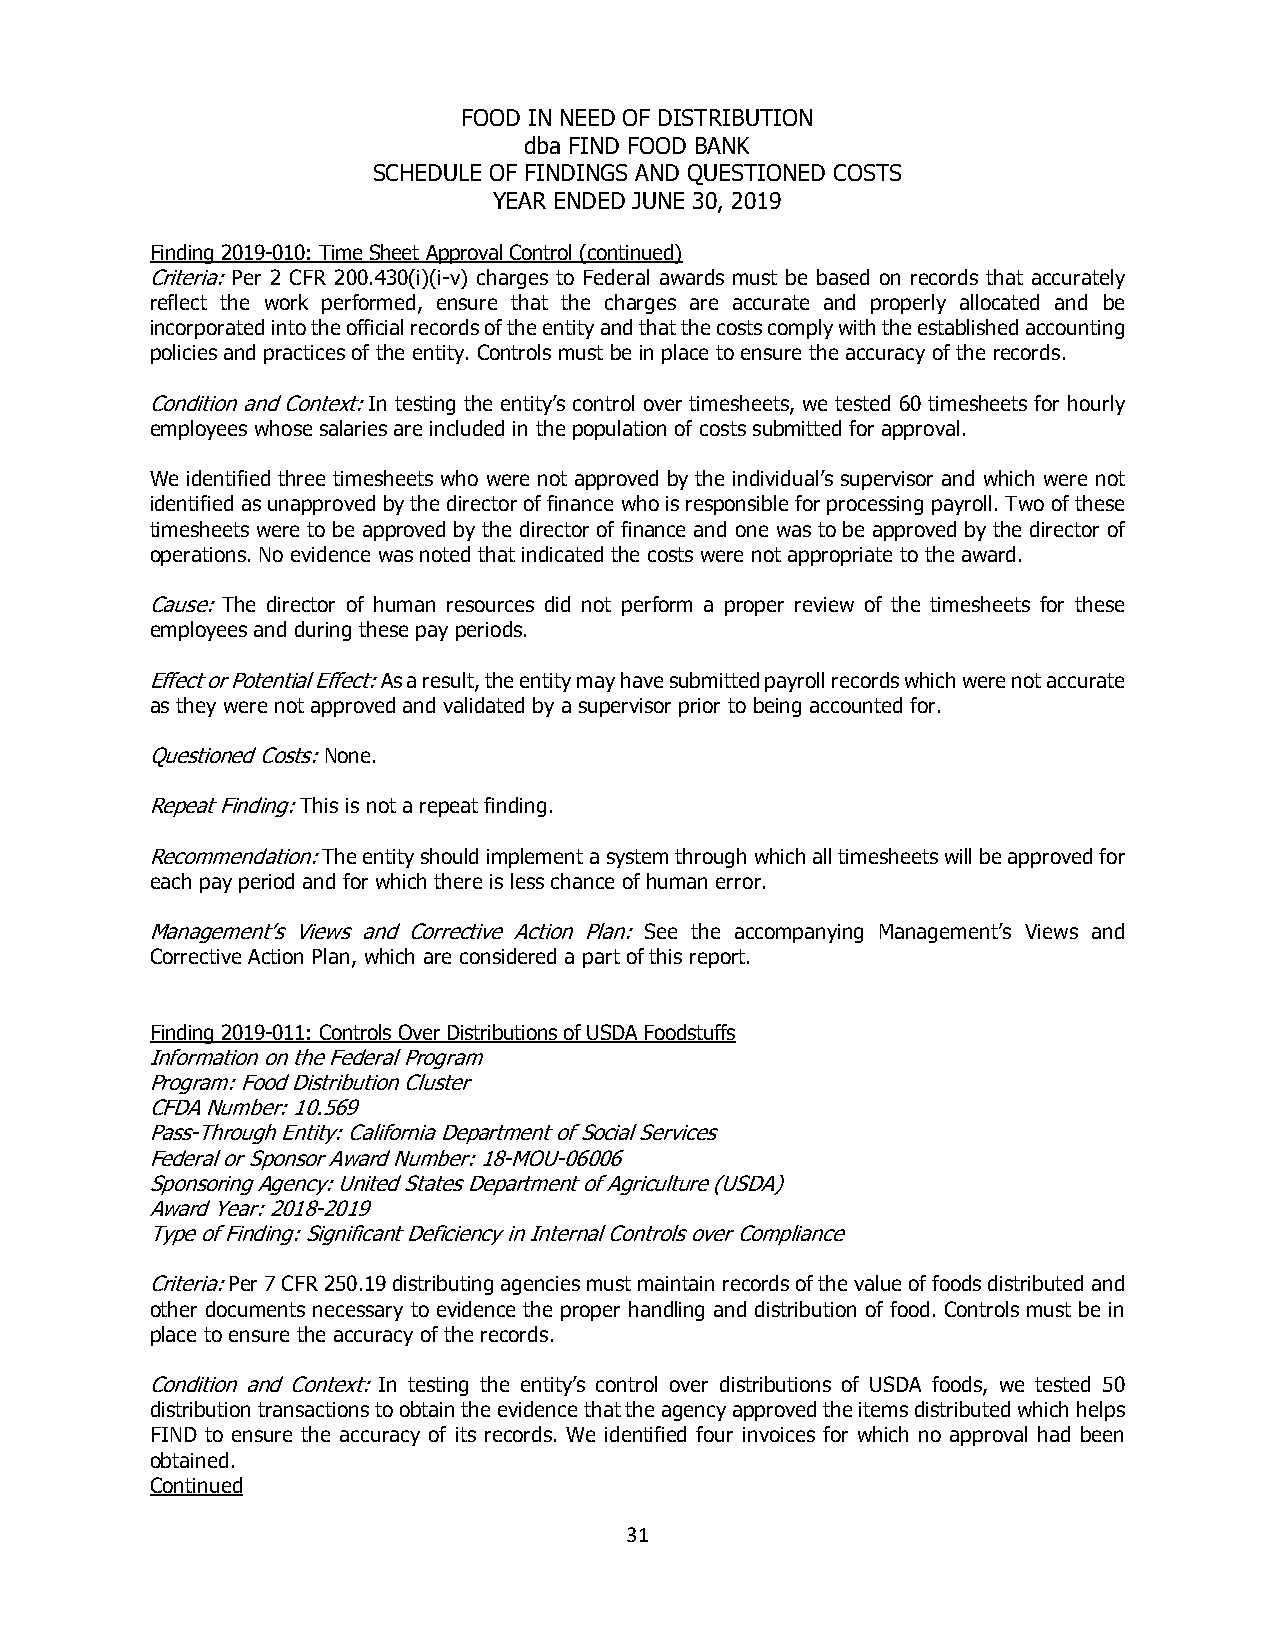
FOOD IN NEED OF DISTRIBUTION
 dba FIND FOOD BANK
 SCHEDULE OF FINDINGS AND QUESTIONED COSTS
 YEAR ENDED JUNE 30, 2019
 Finding 2019-010: Time Sheet Approval Control (continued)
 Criteria: Per 2 CFR 200.430(i)(i-v) charges to Federal awards must be based on records that accurately
 reflect the work performed, ensure that the charges are accurate and properly allocated and be
 incorporated into the official records of the entity and that the costs comply with the established accounting
 policies and practices of the entity. Controls must be in place to ensure the accuracy of the records.
 Condition and Context: In testing the entity’s control over timesheets, we tested 60 timesheets for hourly
 employees whose salaries are included in the population of costs submitted for approval.
 We identified three timesheets who were not approved by the individual’s supervisor and which were not
 identified as unapproved by the director of finance who is responsible for processing payroll. Two of these
 timesheets were to be approved by the director of finance and one was to be approved by the director of
 operations. No evidence was noted that indicated the costs were not appropriate to the award.
 Cause: The director of human resources did not perform a proper review of the timesheets for these
 employees and during these pay periods.
 Effect or Potential Effect: As a result, the entity may have submitted payroll records which were not accurate
 as they were not approved and validated by a supervisor prior to being accounted for.
 Questioned Costs: None.
 Repeat Finding: This is not a repeat finding.
 Recommendation: The entity should implement a system through which all timesheets will be approved for
 each pay period and for which there is less chance of human error.
 Management’s Views and Corrective Action Plan: See the accompanying Management’s Views and
 Corrective Action Plan, which are considered a part of this report.
 Finding 2019-011: Controls Over Distributions of USDA Foodstuffs
 Information on the Federal Program
 Program: Food Distribution Cluster
 CFDA Number: 10.569
 Pass-Through Entity: California Department of Social Services
 Federal or Sponsor Award Number: 18-MOU-06006
 Sponsoring Agency: United States Department of Agriculture (USDA)
 Award Year: 2018-2019
 Type of Finding: Significant Deficiency in Internal Controls over Compliance
 Criteria: Per 7 CFR 250.19 distributing agencies must maintain records of the value of foods distributed and
 other documents necessary to evidence the proper handling and distribution of food. Controls must be in
 place to ensure the accuracy of the records.
 Condition and Context: In testing the entity’s control over distributions of USDA foods, we tested 50
 distribution transactions to obtain the evidence that the agency approved the items distributed which helps
 FIND to ensure the accuracy of its records. We identified four invoices for which no approval had been
 obtained.
 Continued
 31